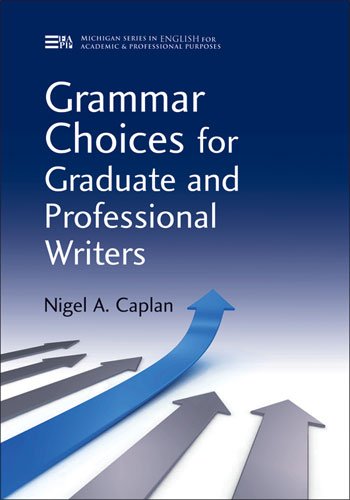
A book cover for Grammar Choices for Graduate and Professional Writers (Michigan Series in English for Academic & Professional Purposes); Nigel A. Caplan; Test Preparation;